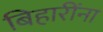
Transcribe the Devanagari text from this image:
बिहारींना